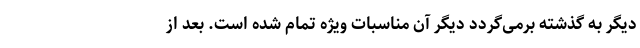
دیگر به گذشته برمی‌گردد دیگر آن مناسبات ویژه تمام شده است. بعد از